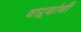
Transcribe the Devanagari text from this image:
वाऱ्यांनी